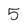
Character: 5